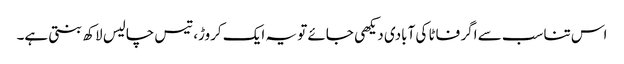
اس تناسب سے اگر فاٹا کی آبادی دیکھی جائے تو یہ ایک کروڑ، تیس چالیس لاکھ بنتی ہے۔